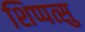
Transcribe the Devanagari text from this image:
शिप्पत्सु